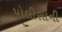
પોલીસોની